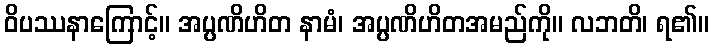
ဝိပဿနာကြောင့်။ အပ္ပဏိဟိတ နာမံ၊ အပ္ပဏိဟိတအမည်ကို။ လဘတိ၊ ရ၏။